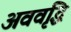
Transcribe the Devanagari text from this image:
अववृद्धि